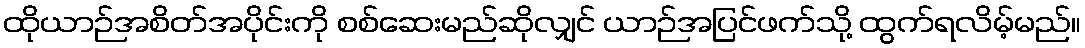
ထိုယာဉ်အစိတ်အပိုင်းကို စစ်ဆေးမည်ဆိုလျှင် ယာဉ်အပြင်ဖက်သို့ ထွက်ရလိမ့်မည်။